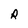
Character: R